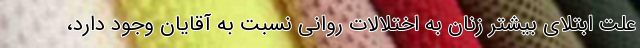
علت ابتلای بیشتر زنان به اختلالات روانی نسبت به آقایان وجود دارد،